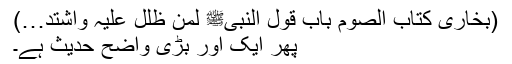
(بخاری کتاب الصوم باب قول النبیﷺ لمن ظلل علیہ واشتد…)
پھر ایک اور بڑی واضح حدیث ہے۔